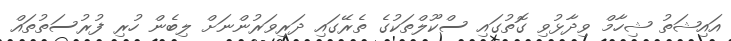
އައިޝަތު ޝިހާމް ވިދާޅުވި ގޮތުގައި ސްކޫލްތަކުގެ ތެރޭގައި ދަރިވަރުންނަށް ލިބެން ހުރި ފުރުސަތުތައް